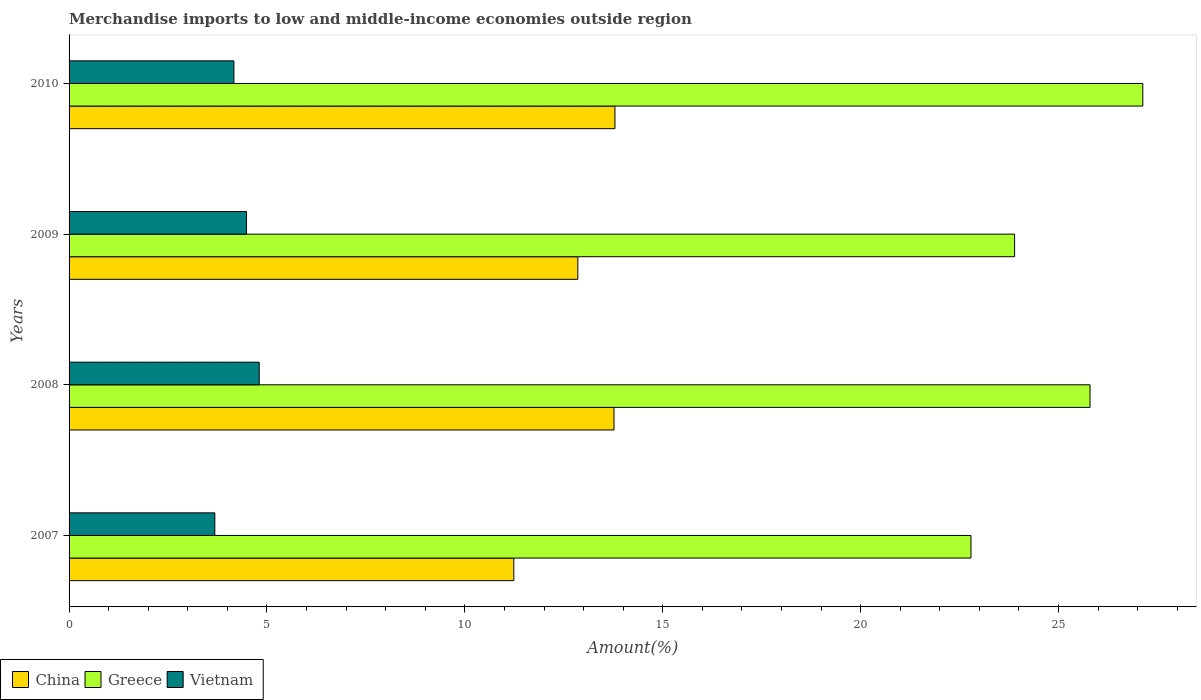
| Years | China | Greece | Vietnam |
 | --- | --- | --- | --- |
 | 2007 | 11.2 | 22.8 | 3.68 |
 | 2008 | 13.8 | 25.8 | 4.8 |
 | 2009 | 12.9 | 23.9 | 4.48 |
 | 2010 | 13.8 | 27.1 | 4.16 |